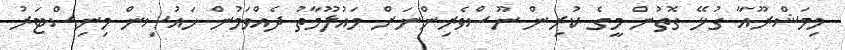
މިމަޝްރޫއާ ގުޅޭ ގޮތުން މީގެ ކުރިން ނޫސްވެރިންނަށް މައުލޫމާތު ދެއްވަމުން ހައުސިން މިނިސްޓަރު